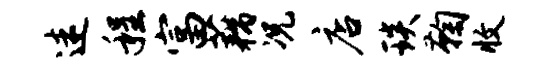
迷程富藕况店琰鞠收